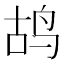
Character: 鸪